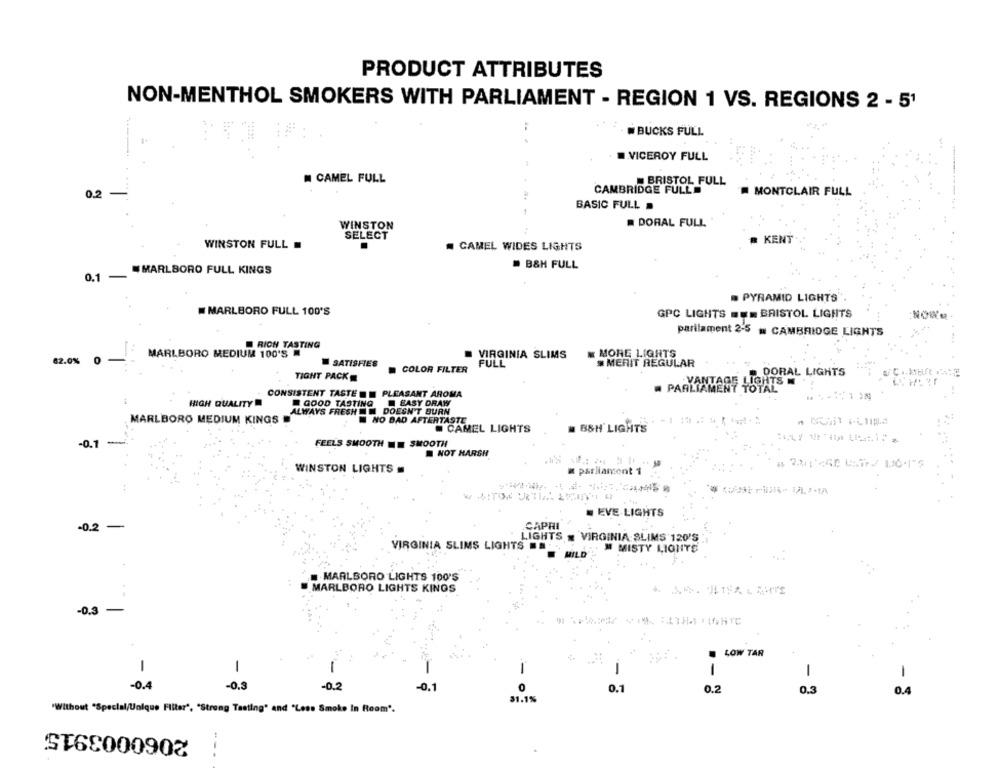
PRODUCT ATTRIBUTES
NON-MENTHOL SMOKERS WITH PARLIAMENT - REGION 1 VS. REGIONS 2 - 51
. BUCKS FULL
.VICEROY FULL
---....
CAMEL FULL
BRISTOL FULL
CAMBRIDGE FULL
MONTCLAIR FULL
0.2
BASIC FULL .
DORAL FULL
WINSTON
SELECT
WINSTON FULL
CAMEL WIDES LIGHTS
# KENT
B&H FULL
0.1 -
MARLBORO FULL KINGS
. PYRAMID LIGHTS
MARLBORO FULL 100'S
GPC LIGHTS === BRISTOL LIGHTS
parilament 2-5 - CAMBRIDGE LIGHTS
RICH TASTING
VIRGINIA SLIMS
MORE LIGHTS
62.0%
MARLBORO MEDIUM 100'S
MERIT REGULAR
SATISHES
COLOR FILTER
FULL
TIGHT PACK
DORAL LIGHTS
VANTAGE LIGHTS
# PARLIAMENT TOTAL
PAR
CONSISTENT TASTE . PLEASANT AROMA
HIGH QUALITY
GOOD TASTING EASY DRAW
ALWAYS FRESH DOESN'T BURN
MARLBORO MEDIUM KINGS
NO BAD AFTERTASTE
CAMEL LIGHTS
B&H LIGHTS
-0.1
FEELS SMOOTH E SMOOTH
NOT HARSH
WINSTON LIGHTS .
w parliancont 1
= EVE LIGHTS
-0.2-
CAPRI
LIGHTS . VIRGINIA SLIMS 120'S
VIRGINIA SLIMS LIGHTS
FIM MISTY LIGHTS
BILD
MARLBORO LIGHTS 100'S
MARLBORO LIGHTS KINGS
-0.3-
LOW TAR
-
1
-
1
-
-0.4
-0.3
-0.2
-0.1
0
0.1
0.2
0.3
31.1%
- 3
"Without "Special/Unique Filter", "Strong Tasting" and "Less Smoke In Room".
--